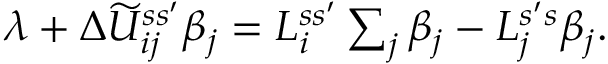
\begin{array} { r } { \lambda + \Delta \widetilde U _ { i j } ^ { s s ^ { \prime } } \beta _ { j } = L _ { i } ^ { s s ^ { \prime } } \sum _ { j } \beta _ { j } - L _ { j } ^ { s ^ { \prime } s } \beta _ { j } . } \end{array}